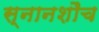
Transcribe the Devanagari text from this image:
स्नानशौच